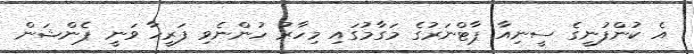
އެ ކުންފުނީގެ ސީނިއާ ޕާޓްނަރުގެ މަގާމުގައި މިހާރު ހުންނެވި ފަރީހާ ވަނީ ޕެންޝަން